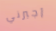
أجبرني